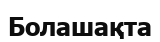
Болашақта